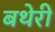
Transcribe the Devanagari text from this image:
बथेरी